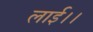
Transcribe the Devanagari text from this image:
लाई।।